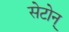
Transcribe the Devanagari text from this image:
सेटोन्